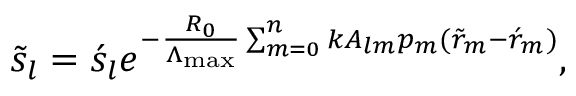
\begin{array} { r } { \tilde { s } _ { l } = \acute { s } _ { l } e ^ { - \frac { R _ { 0 } } { \Lambda _ { \mathrm { m a x } } } \sum _ { m = 0 } ^ { n } { k A _ { l m } p _ { m } ( \tilde { r } _ { m } - \acute { r } _ { m } ) } } , } \end{array}